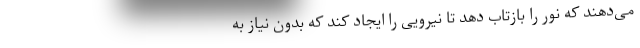
می‌دهند که نور را بازتاب دهد تا نیرویی را ایجاد کند که بدون نیاز به